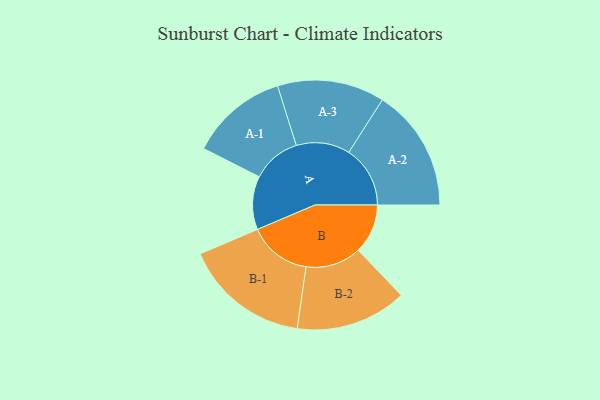
{"axis": {"x": "Segment", "y": "Value"}, "legend": ["", "A", "B"], "data": [{"x": "A", "y": 247, "type": ""}, {"x": "B", "y": 229, "type": ""}, {"x": "A-1", "y": 226, "type": "A"}, {"x": "A-2", "y": 284, "type": "A"}, {"x": "A-3", "y": 248, "type": "A"}, {"x": "B-1", "y": 291, "type": "B"}, {"x": "B-2", "y": 257, "type": "B"}]}